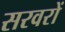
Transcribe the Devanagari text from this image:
सरवरों